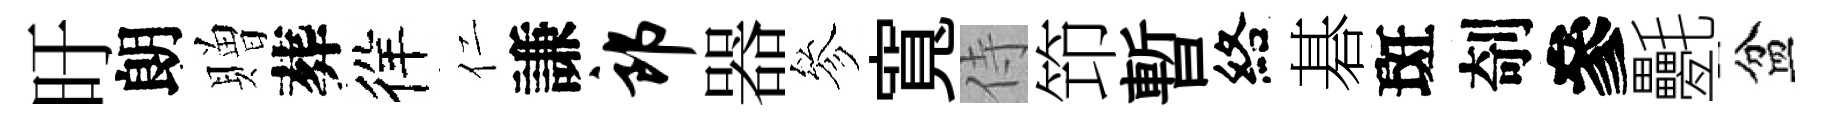
旴朗贈葬徉仁謙郎器參寬侍笻暫絡碁斑剞參氎盆